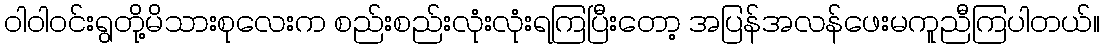
ဝါဝါဝင်းရွတို့မိသားစုလေးက စည်းစည်းလုံးလုံးရကြပြီးတော့ အပြန်အလန်ဖေးမကူညီကြပါတယ်။